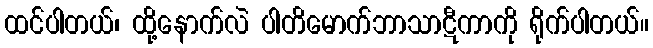
ထင်ပါတယ်၊ ထို့နောက်လဲ ပါတိမောက်ဘာသာဋီကာကို ရိုက်ပါတယ်။